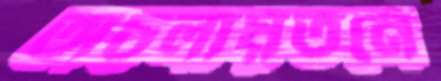
অচলায়তনে